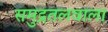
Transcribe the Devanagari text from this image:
समुद्रतलवाला